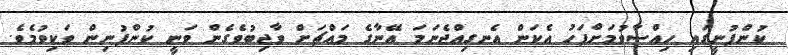
ކުންފުނީގައި ހިއްސާވުމަށްފަހު އެކަން އެނގިއްޖެނަމަ އޭނާގެ މައްޗަށް ވާޖިބުވެގެން ވަނީ ކުންފުނިން ވަކިވުމެވެ.